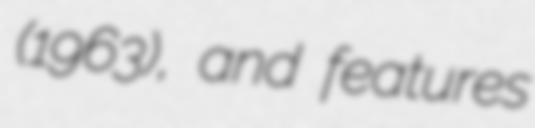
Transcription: (1963), and features